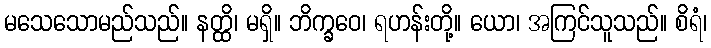
မသေသောမည်သည်။ နတ္ထိ၊ မရှိ။ ဘိက္ခဝေ၊ ရဟန်းတို့။ ယော၊ အကြင်သူသည်။ စိရံ၊